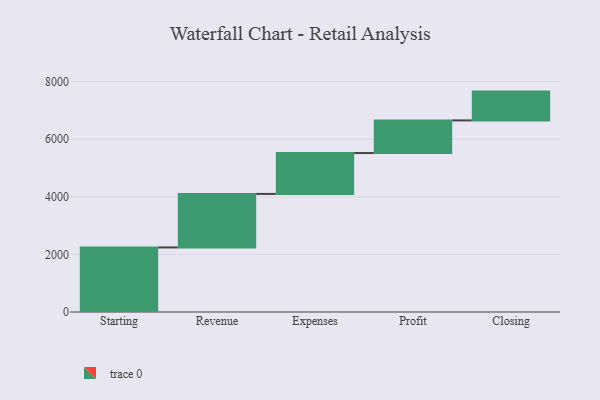
{"axis": {"x": "Step", "y": "Value"}, "legend": [""], "data": [{"x": "Starting", "y": 2241.0, "type": ""}, {"x": "Revenue", "y": 1858.0, "type": ""}, {"x": "Expenses", "y": 1418.0, "type": ""}, {"x": "Profit", "y": 1133.0, "type": ""}, {"x": "Closing", "y": 1000, "type": ""}]}